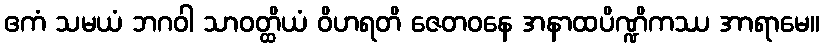
ဧကံ သမယံ ဘဂဝါ သာဝတ္ထိယံ ဝိဟရတိ ဇေတဝနေ အနာထပိဏ္ဍိကဿ အာရာမေ။